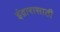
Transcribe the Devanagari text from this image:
इंद्रारासाठी